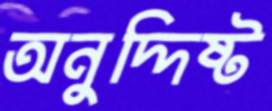
অনুদ্দিষ্ট